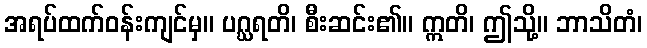
အရပ်ထက်ဝန်းကျင်မှ။ ပဂ္ဃရတိ၊ စီးဆင်း၏။ ဣတိ၊ ဤသို့။ ဘာသိတံ၊